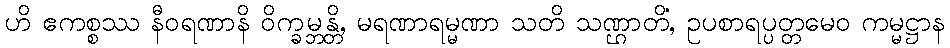
ဟိ ဧကစ္စဿ နီဝရဏာနိ ဝိက္ခမ္ဘန္တိ, မရဏာရမ္မဏာ သတိ သဏ္ဌာတိ, ဥပစာရပ္ပတ္တမေဝ ကမ္မဋ္ဌာနံ